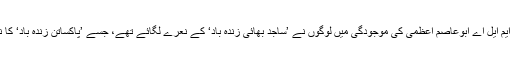
نتیجہ: مہاراشٹرا میں سجموادی پارٹی کے ایم ایل اے ابوعاصم اعظمی کی موجودگی میں لوگوں نے ’ساجد بھائی زندہ باد‘ کے نعرے لگائے تھے، جسے ’پاکساتن زندہ باد‘ کا نعرہ بتا کر فرضی تشہری کی جا رہی ہے۔